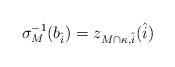
LaTeX: \begin{align*} \sigma_M^{-1}(b_{\hat{i}}) = z_{M \cap \kappa, \hat{i}}(\hat{i})\end{align*}